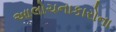
આલોચનાકારોના